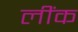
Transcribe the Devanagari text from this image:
लींक